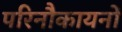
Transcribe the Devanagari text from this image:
परिनौकायनों